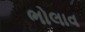
ભોલાવ